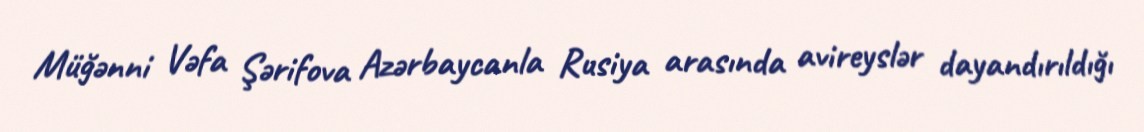
Müğənni Vəfa Şərifova Azərbaycanla Rusiya arasında avireyslər dayandırıldığı